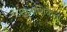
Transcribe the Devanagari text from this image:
विनाशिकेला